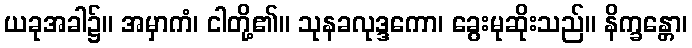
ယခုအခါ၌။ အမှာကံ၊ ငါတို့၏။ သုနခလုဒ္ဒကော၊ ခွေးမုဆိုးသည်။ နိက္ခန္တော၊